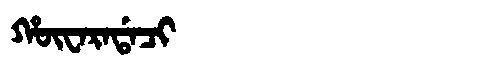
Manchu: ᡥᡡᠸᠠᡵᠠᡩᠠᠴᡳ
Romanization: HŪWARADACI